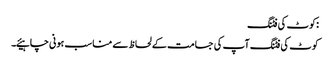
:کوٹ کی فٹنگ
کوٹ کی فٹنگ آپ کی جسامت کے لحاظ سے مناسب ہونی چاہیئے۔